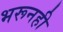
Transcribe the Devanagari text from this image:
भरूनही